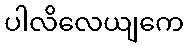
ပါလိလေယျကေ